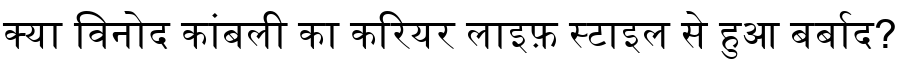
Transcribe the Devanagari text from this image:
क्या विनोद कांबली का करियर लाइफ़ स्टाइल से हुआ बर्बाद?